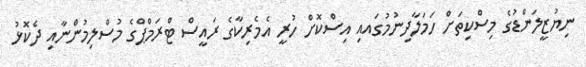
ނިޔުޒީލަންޑުގެ މިސްކިތަށް ހަމަލާދިނުމުގައއި އިސްކޮށް ހުރީ އެމެރިކާގެ ރައީސް ޓްރަމްޕްގެ މުސްލިމުންނާއި ދެކޮޅު